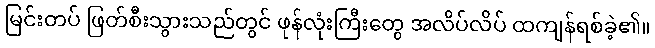
မြင်းတပ် ဖြတ်စီးသွားသည်တွင် ဖုန်လုံးကြီးတွေ အလိပ်လိပ် ထကျန်ရစ်ခဲ့၏။